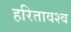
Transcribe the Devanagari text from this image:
हरितावश्व